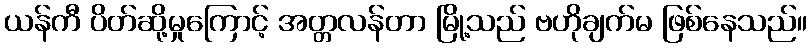
ယန်ကီ ပိတ်ဆို့မှုကြောင့် အတ္တလန်တာ မြို့သည် ဗဟိုချက်မ ဖြစ်နေသည်။